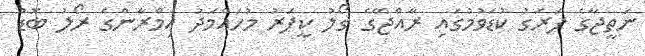
ނަތީޖާގެ ފަރަގު ކުޑަވުމުގައި ރާއްޖޭގެ ގޯލު ކީޕަރު މުހައްމަދު އިމްރާންގެ ރޯލު ބޮޑު